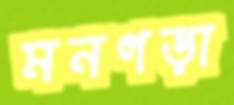
মনগড়া